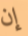
إن